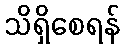
သိရှိစေရန်